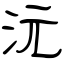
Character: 沅